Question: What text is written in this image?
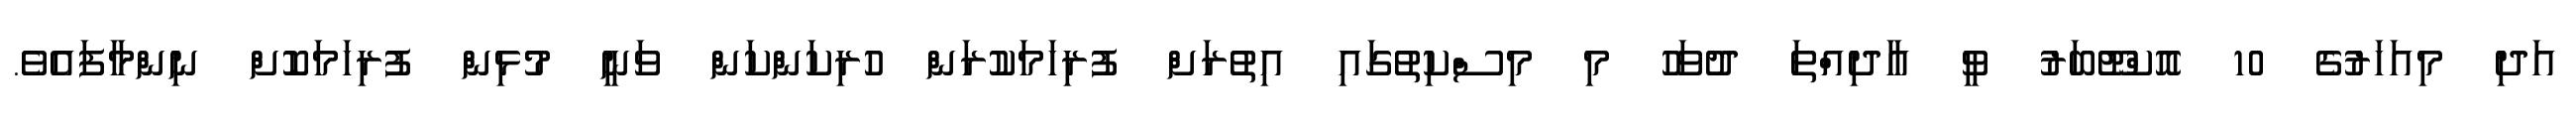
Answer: އަދި މިއަހަރުގެ 10 އޮކްޓޫބަރު ވީ އާދިއްތަ ދުވަހު މި މިސްކިތުގައި އިތުރަށް ފުރިހަމަކުރަން ހުރިކަންކަން ވަނީ މުޅިން ފުރިހަމަކޮށް ނިންމާފައެވެ.